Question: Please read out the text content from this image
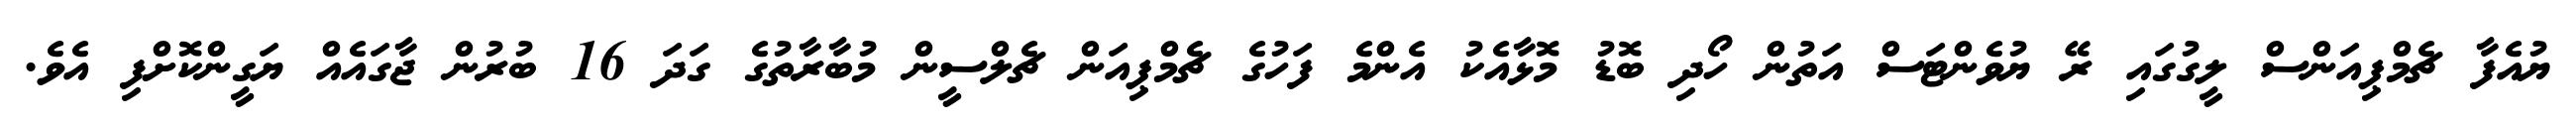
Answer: ޔުއެފާ ޗެމްޕިއަންސް ލީގުގައި ރޭ ޔުވެންޓަސް އަތުން ހޯދި ބޮޑު މޮޅާއެކު އެންމެ ފަހުގެ ޗެމްޕިއަން ޗެލްސީން މުބާރާތުގެ ގަދަ 16 ބުރުން ޖާގައެއް ޔަގީންކޮށްފި އެވެ.